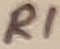
Text: R1